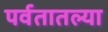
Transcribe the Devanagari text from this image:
पर्वतातल्या